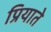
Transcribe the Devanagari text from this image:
प्रियाते